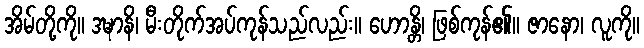
အိမ်တို့ကို။ ဒဍ္ဎာနိ၊ မီးတိုက်အပ်ကုန်သည်လည်း။ ဟောန္တိ၊ ဖြစ်ကုန်၏။ ဇာနော၊ လူကို။